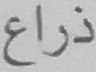
ذراع